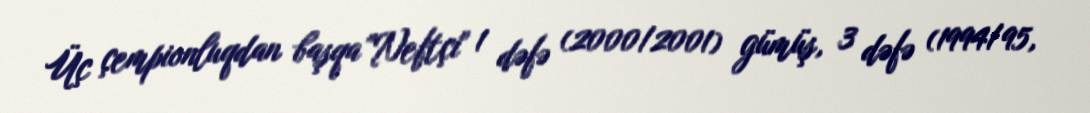
Üç çempionluqdan başqa "Neftçi" 1 dəfə (2000/2001) gümüş, 3 dəfə (1994/95,